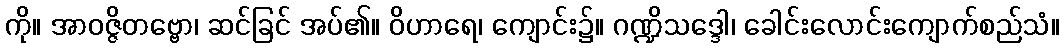
ကို။ အာဝဇ္ဇိတဗ္ဗော၊ ဆင်ခြင် အပ်၏။ ဝိဟာရေ၊ ကျောင်း၌။ ဂဏ္ဍိသဒ္ဒေါ၊ ခေါင်းလောင်းကျောက်စည်သံ။